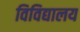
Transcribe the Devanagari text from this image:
विविद्यालय